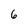
Character: 6